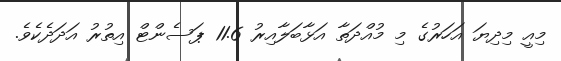
މިއީ މިދިޔަ އަހަރުގެ މި މުއްދަތާ އަޅާބަލާއިރު 11.6 ޕަސެންޓް އިތުރު އަދަދެކެވެ.